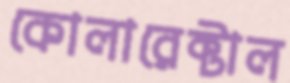
কোলারেক্টাল